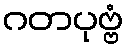
ဂတပုဗ္ဗံ